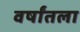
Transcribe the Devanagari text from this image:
वर्षांतला